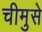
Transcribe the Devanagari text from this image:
चीमुसे